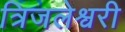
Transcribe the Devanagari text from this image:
त्रिजलेश्वरी